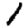
Digit: 1